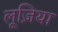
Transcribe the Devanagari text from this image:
लूज़िया